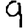
Digit: 9